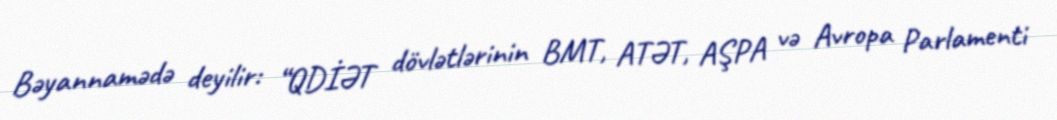
Bəyannamədə deyilir: “QDİƏT dövlətlərinin BMT, ATƏT, AŞPA və Avropa Parlamenti